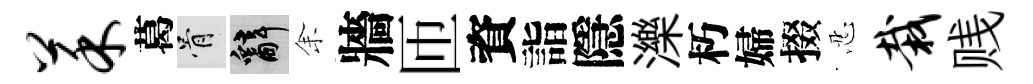
菜葛骨辭𪜬牆匝資詣隱濼朽婦掇忍栽贱